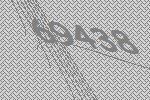
69438